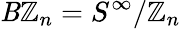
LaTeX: \mathit{B}\mathbb{{Z}}_{n}=S^{\infty}/\mathbb{{Z}}_{n}